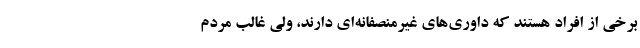
برخي از افراد هستند كه داوري‌های غیرمنصفانه‌ای دارند، ولي غالب مردم